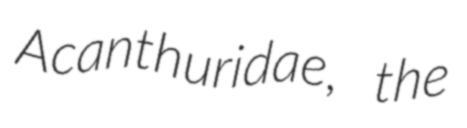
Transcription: Acanthuridae, the